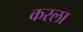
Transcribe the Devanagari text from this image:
करला